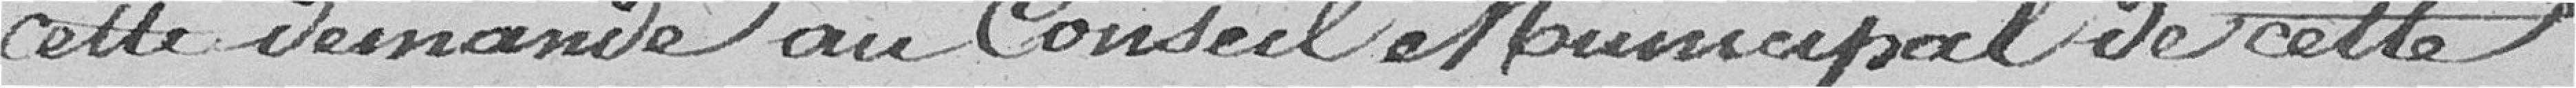
cette demande au Conseil Municipal de cette